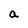
Character: a